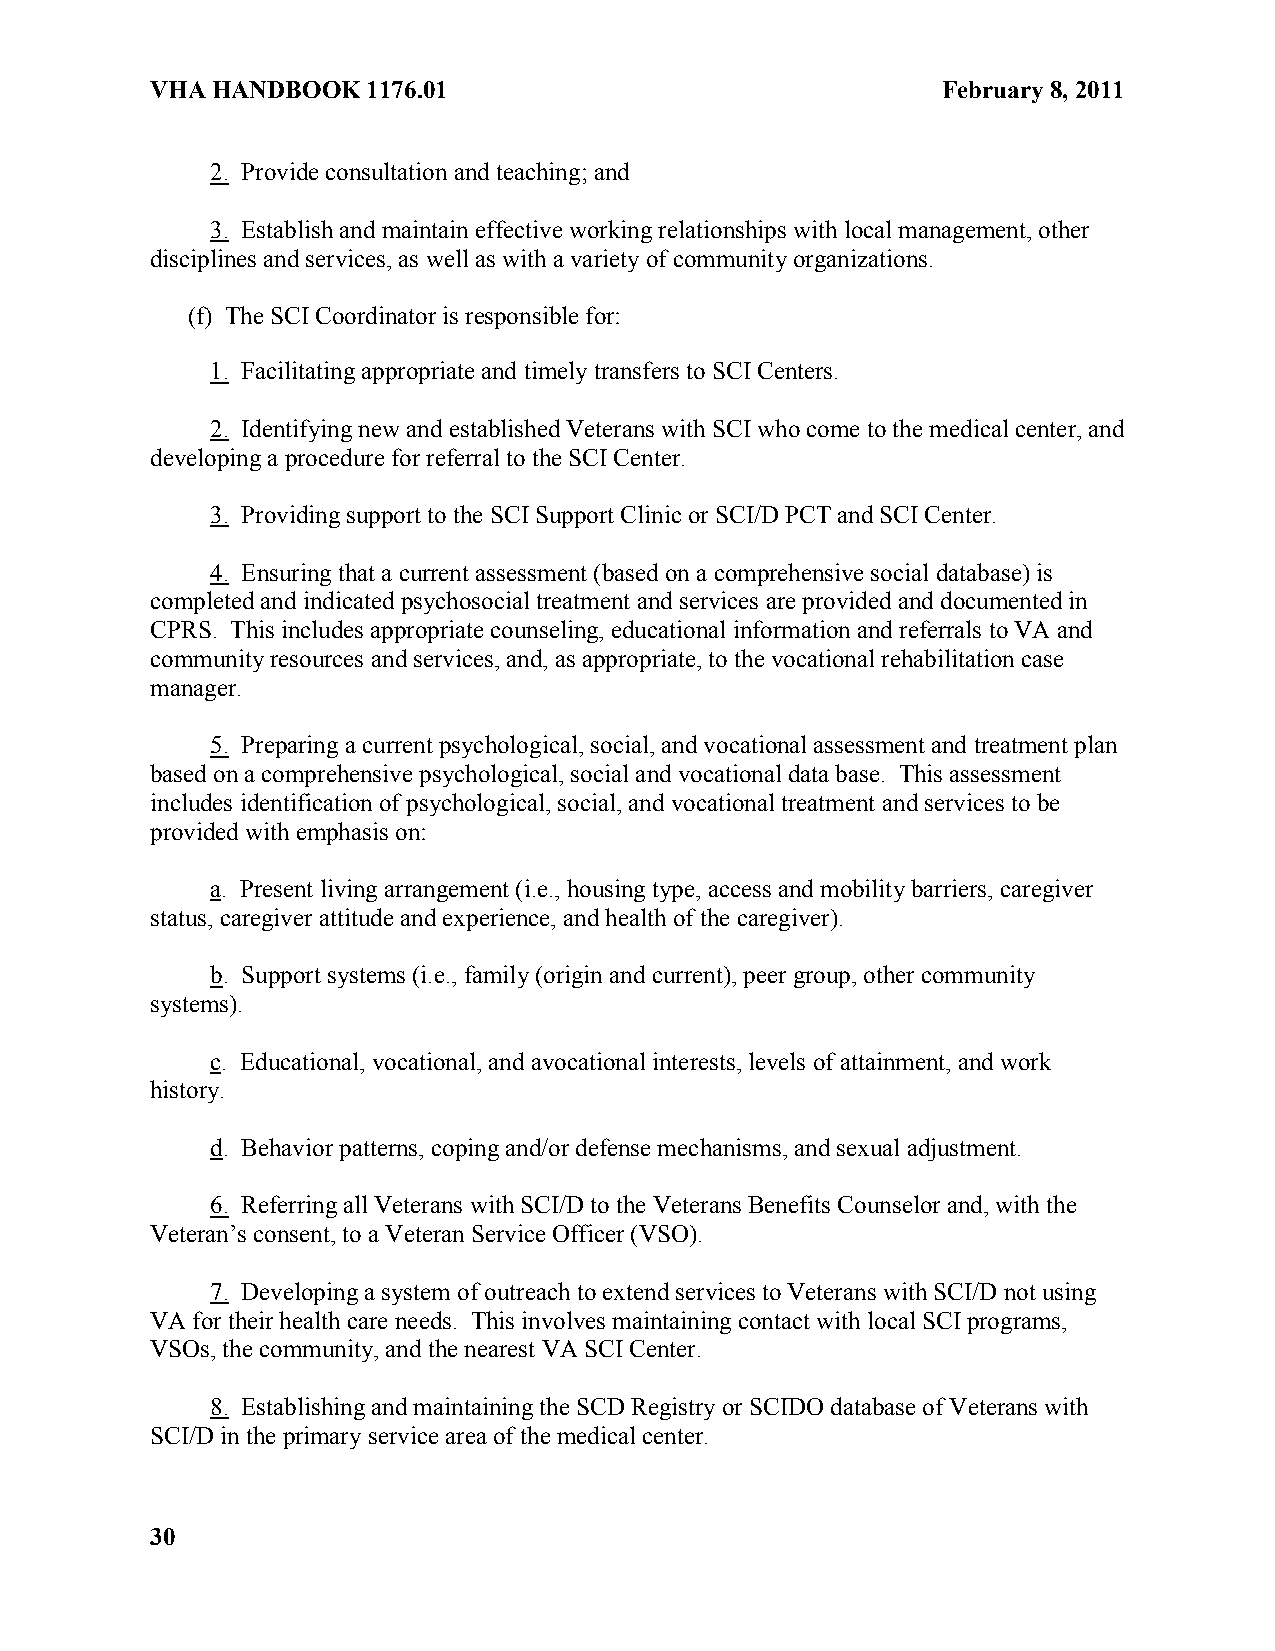
VHA HANDBOOK  1176.01                               February 8, 2011
 2. Provide consultation and teaching; and
 3. Establish and maintain effective working relationships with local management, other
 disciplines and services, as well as with a variety of community organizations.
 (f) The SCI Coordinator is responsible for:
 1. Facilitating appropriate and timely transfers to SCI Centers.
 2. Identifying new and established Veterans with SCI who come to the medical center, and
 developing a procedure for referral to the SCI Center.
 3. Providing support to the SCI Support Clinic or SCI/D PCT and SCI Center.
 4. Ensuring that a current assessment (based on a comprehensive social database) is
 completed and indicated psychosocial treatment and services are provided and documented in
 CPRS. This includes appropriate counseling, educational information and referrals to VA and
 community resources and services, and, as appropriate, to the vocational rehabilitation case
 manager.
 5. Preparing a current psychological, social, and vocational assessment and treatment plan
 based on a comprehensive psychological, social and vocational data base. This assessment
 includes identification of psychological, social, and vocational treatment and services to be
 provided with emphasis on:
 a. Present living arrangement (i.e., housing type, access and mobility barriers, caregiver
 status, caregiver attitude and experience, and health of the caregiver).
 b. Support systems (i.e., family (origin and current), peer group, other community
 systems).
 c. Educational, vocational, and avocational interests, levels of attainment, and work
 history.
 d. Behavior patterns, coping and/or defense mechanisms, and sexual adjustment.
 6. Referring all Veterans with SCI/D to the Veterans Benefits Counselor and, with the
 Veteran’s consent, to a Veteran Service Officer (VSO).
 7. Developing a system of outreach to extend services to Veterans with SCI/D not using
 VA for their health care needs. This involves maintaining contact with local SCI programs,
 VSOs, the community, and the nearest VA SCI Center.
 8. Establishing and maintaining the SCD Registry or SCIDO database of Veterans with
 SCI/D in the primary service area of the medical center.
 30